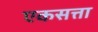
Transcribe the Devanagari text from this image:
एकसत्ता